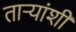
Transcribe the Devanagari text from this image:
ताऱ्यांशी